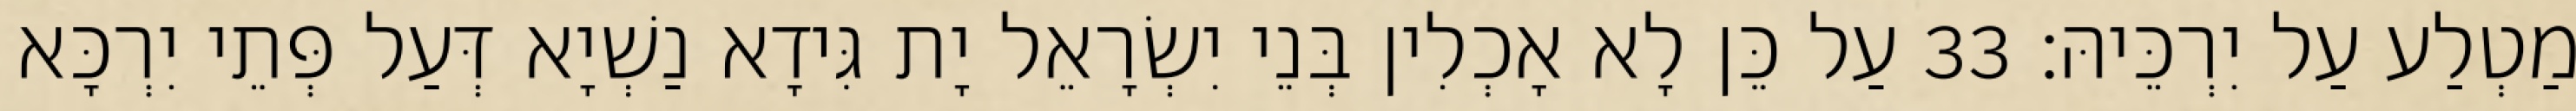
מַטְלַע עַל יִרְכֵּיהּ׃ 33 עַל כֵּן לָא אָכְלִין בְּנֵי יִשְׂרָאֵל יָת גִּידָא נַשְׁיָא דְּעַל פְּתֵי יִרְכָּא